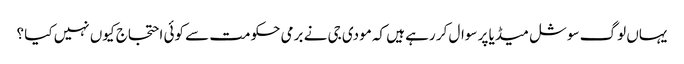
یہاں لوگ سوشل میڈیا پر سوال کر رہے ہیں کہ مودی جی نے برمی حکومت سے کوئی احتجاج کیوں نہیں کیا ؟